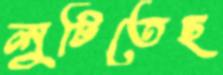
লুটিতেছ